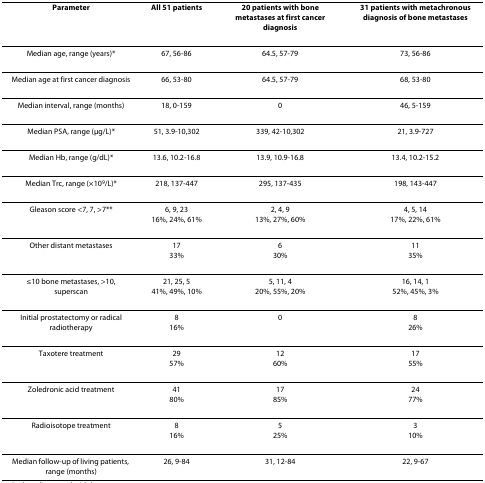
<table><thead><tr><td><b>Parameter</b></td><td><b>All 51 patients</b></td><td><b>20 patients with bone metastases at first cancer diagnosis</b></td><td><b>31 patients with metachronous diagnosis of bone metastases</b></td></tr></thead><tbody><tr><td>Median age, range (years)*</td><td>67, 56-86</td><td>64.5, 57-79</td><td>73, 56-86</td></tr><tr><td>Median age at first cancer diagnosis</td><td>66, 53-80</td><td>64.5, 57-79</td><td>68, 53-80</td></tr><tr><td>Median interval, range (months)</td><td>18, 0-159</td><td>0</td><td>46, 5-159</td></tr><tr><td>Median PSA, range (μg/L)*</td><td>51, 3.9-10,302</td><td>339, 42-10,302</td><td>21, 3.9-727</td></tr><tr><td>Median Hb, range (g/dL)*</td><td>13.6, 10.2-16.8</td><td>13.9, 10.9-16.8</td><td>13.4, 10.2-15.2</td></tr><tr><td>Median Trc, range (×10<sup>9</sup>/L)*</td><td>218, 137-447</td><td>295, 137-435</td><td>198, 143-447</td></tr><tr><td>Gleason score &lt;7, 7, &gt;7**</td><td>6, 9, 2316%, 24%, 61%</td><td>2, 4, 913%, 27%, 60%</td><td>4, 5, 1417%, 22%, 61%</td></tr><tr><td>Other distant metastases</td><td>1733%</td><td>630%</td><td>1135%</td></tr><tr><td>≤10 bone metastases, &gt;10, superscan</td><td>21, 25, 541%, 49%, 10%</td><td>5, 11, 420%, 55%, 20%</td><td>16, 14, 152%, 45%, 3%</td></tr><tr><td>Initial prostatectomy or radical radiotherapy</td><td>816%</td><td>0</td><td>826%</td></tr><tr><td>Taxotere treatment</td><td>2957%</td><td>1260%</td><td>1755%</td></tr><tr><td>Zoledronic acid treatment</td><td>4180%</td><td>1785%</td><td>2477%</td></tr><tr><td>Radioisotope treatment</td><td>816%</td><td>525%</td><td>310%</td></tr><tr><td>Median follow-up of living patients, range (months)</td><td>26, 9-84</td><td>31, 12-84</td><td>22, 9-67</td></tr></tbody></table>